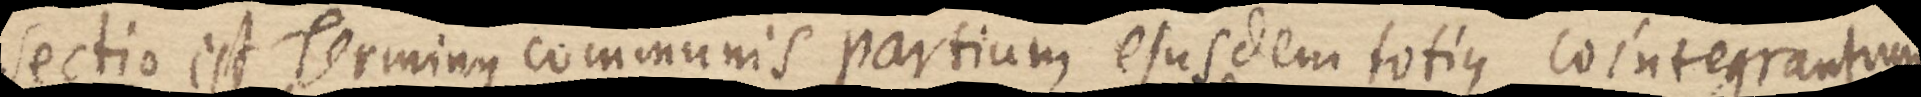
Sectio est Terminus communis partium ejusdem totius cointegrantum